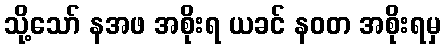
သို့သော် နအဖ အစိုးရ ယခင် နဝတ အစိုးရမှ